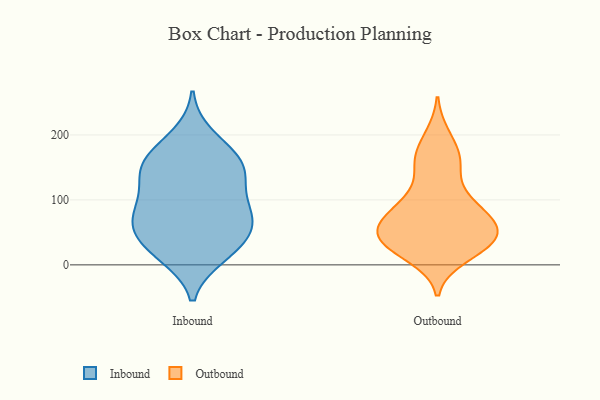
{"axis": {"x": "Customer Acquisition Cost (USD)", "y": "Value"}, "legend": ["Inbound", "Outbound"], "data": [{"x": "", "y": 13, "type": "Inbound"}, {"x": "", "y": 139, "type": "Inbound"}, {"x": "", "y": 41, "type": "Inbound"}, {"x": "", "y": 160, "type": "Inbound"}, {"x": "", "y": 159, "type": "Inbound"}, {"x": "", "y": 101, "type": "Inbound"}, {"x": "", "y": 177, "type": "Inbound"}, {"x": "", "y": 80, "type": "Inbound"}, {"x": "", "y": 86, "type": "Inbound"}, {"x": "", "y": 72, "type": "Inbound"}, {"x": "", "y": 51, "type": "Inbound"}, {"x": "", "y": 23, "type": "Inbound"}, {"x": "", "y": 59, "type": "Inbound"}, {"x": "", "y": 199, "type": "Inbound"}, {"x": "", "y": 147, "type": "Inbound"}, {"x": "", "y": 64, "type": "Inbound"}, {"x": "", "y": 15, "type": "Inbound"}, {"x": "", "y": 118, "type": "Inbound"}, {"x": "", "y": 145, "type": "Inbound"}, {"x": "", "y": 200, "type": "Outbound"}, {"x": "", "y": 111, "type": "Outbound"}, {"x": "", "y": 51, "type": "Outbound"}, {"x": "", "y": 157, "type": "Outbound"}, {"x": "", "y": 11, "type": "Outbound"}, {"x": "", "y": 56, "type": "Outbound"}, {"x": "", "y": 45, "type": "Outbound"}, {"x": "", "y": 26, "type": "Outbound"}, {"x": "", "y": 170, "type": "Outbound"}, {"x": "", "y": 29, "type": "Outbound"}, {"x": "", "y": 51, "type": "Outbound"}, {"x": "", "y": 95, "type": "Outbound"}, {"x": "", "y": 154, "type": "Outbound"}, {"x": "", "y": 23, "type": "Outbound"}, {"x": "", "y": 63, "type": "Outbound"}, {"x": "", "y": 88, "type": "Outbound"}, {"x": "", "y": 83, "type": "Outbound"}, {"x": "", "y": 55, "type": "Outbound"}]}